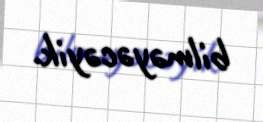
bilməyəcəyik.